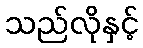
သည်လိုနှင့်